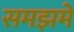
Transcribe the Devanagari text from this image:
समझमे